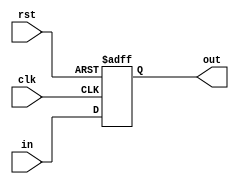
module oc8051_reg4 (clk, rst, in, out);
input [3:0] in; input clk, rst;
output [3:0] out;
reg [3:0] out;

always @(posedge clk or posedge rst)
  if (rst) out <= 4'b0000;
  else
    out <= #1 in;

endmodule